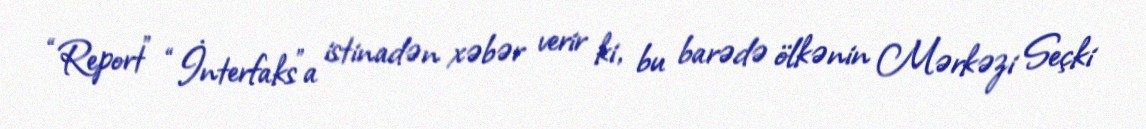
“Report” “İnterfaks”a istinadən xəbər verir ki, bu barədə ölkənin Mərkəzi Seçki